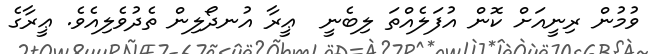
ވުމުން ރިނީއަށް ކޮން އުފަލެއްތަ ލިބެނީ  ޢީރާ އުނދޯލިން ތެދުވެލިއެވެ. ޢީރާގެ